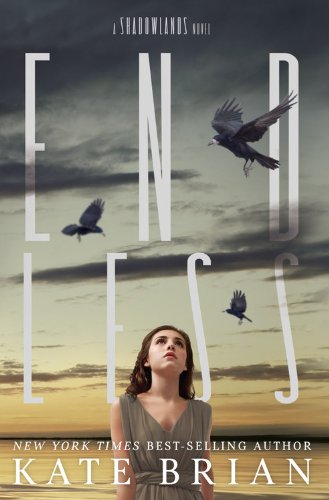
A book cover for Endless (A Shadowlands Novel); Kate Brian; Teen & Young Adult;